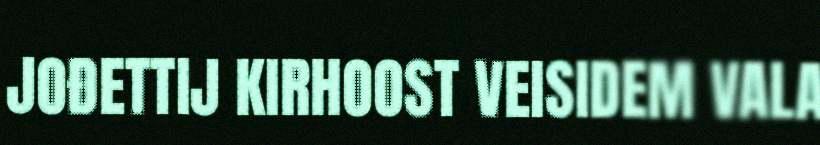
JOĐETTIJ KIRHOOST VEISIDEM VALA